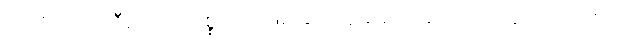
သုသီမ၊ သုသီမ။ ဘဝပစ္စယာ၊ ဖြစ်ခြင်းဟူသော အကြောင်းကြောင့်။ ဇာတိ၊